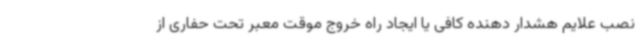
نصب علایم هشدار دهنده کافی یا ایجاد راه خروج موقت معبر تحت حفاری از